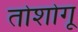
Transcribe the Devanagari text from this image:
तोशोगू